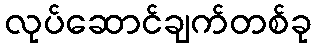
လုပ်ဆောင်ချက်တစ်ခု